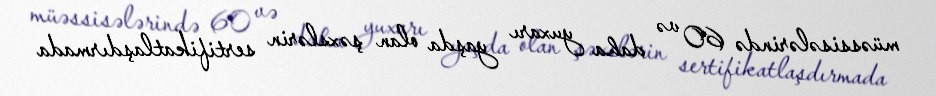
müəssisələrində 60 və daha yuxarı yaşda olan şəxslərin sertifikatlaşdırmada